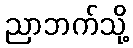
ညာဘက်သို့